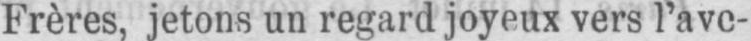
Frères, jetons un regard joyeux vers l’ave-